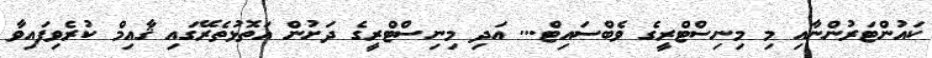
ކައުންޓަރުންނާއި މި މިނިސްޓްރީގެ ވެބްސައިޓް... އަދި މިނިސްޓްރީގެ ދަށުން އަތޮޅުތެރޭގައި ޤާއިމް ކުރެވިފައިވާ